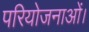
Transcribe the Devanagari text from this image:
परियोजनाओं।